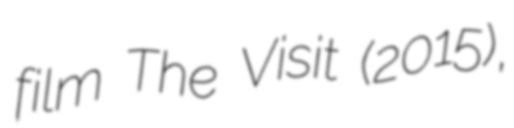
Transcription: film The Visit (2015),